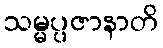
သမ္မပ္ပဇာနာတိ